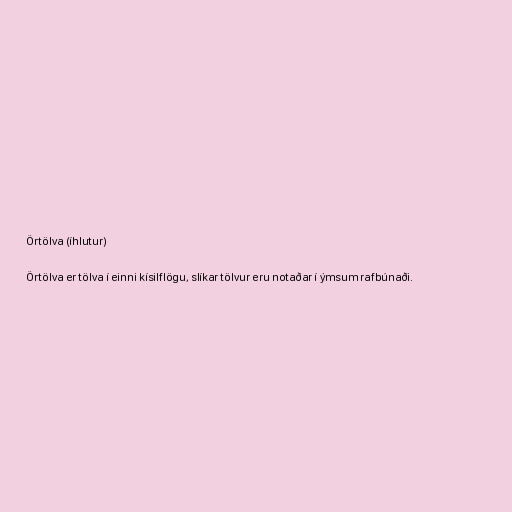
Örtölva (íhlutur)

Örtölva er tölva í einni kísilflögu, slíkar tölvur eru notaðar í ýmsum rafbúnaði.